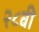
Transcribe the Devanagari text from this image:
२८वी